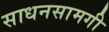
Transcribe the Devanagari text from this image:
साधनसामगी